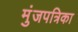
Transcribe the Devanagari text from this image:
मुंजपत्रिका